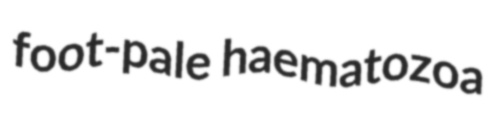
foot-pale haematozoa